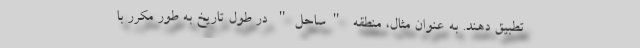
تطبیق دهند. به عنوان مثال، منطقه "ساحل" در طول تاریخ به طور مکرر با